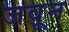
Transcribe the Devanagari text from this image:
जवून